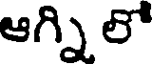
ఆగ్నిలో